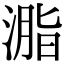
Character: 㴯